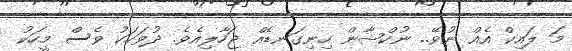
މަ ލައިކް އެއް ނުވޭ.. ނުކްޝާން ހިނިގަނޑެއް ޖަހާލިއެވެ. ދުވަހަކު ވެސް މީހަކު